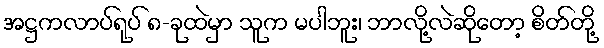
အဋ္ဌကလာပ်ရုပ် ၈-ခုထဲမှာ သူက မပါဘူး၊ ဘာလို့လဲဆိုတော့ စိတ်တို့